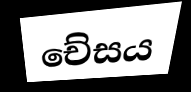
චේසය